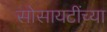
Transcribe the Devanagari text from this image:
सोसायटींच्या